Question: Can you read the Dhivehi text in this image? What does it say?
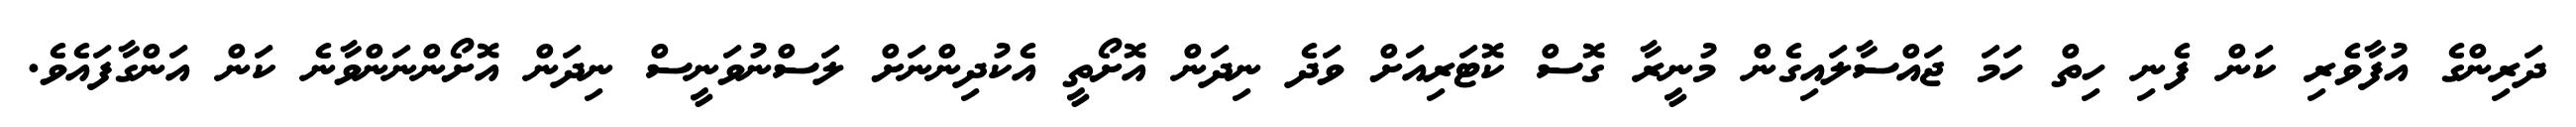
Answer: ދަރިންގެ އުފާވެރި ކަން ފެނި ހިތް ހަމަ ޖައްސާލައިގެން މުނީރާ ގޮސް ކޮޓަރިއަށް ވަދެ ނިދަން އޮށޯތީ އެކުދިންނަށް ލަސްނުވަނީސް ނިދަން އޮށޯންނަންވާނެ ކަން އަންގާފައެވެ.